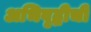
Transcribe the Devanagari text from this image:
अभिवृद्धीची